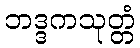
ဘဒ္ဒကသုတ္တံ